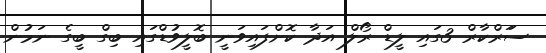
ސަަރްކާރް 3ގައި ލީޑް ރޯލް އަދާ ކޮށްފައިވަނީ ބޮލީވުޑްގައި ބިގް ބީގެ ނަމުން